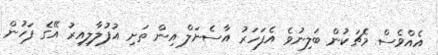
އެއްވެސް މެޗަކުން ބަލިނުވެ އެފަހަރު އާސެނަލް އިން ތަށި އުފުލާލިއިރު އޭގެ ފަހުން